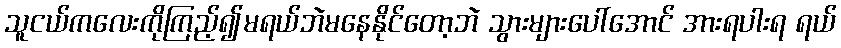
သူငယ်ကလေးကိုကြည့်၍မရယ်ဘဲမနေနိုင်တော့ဘဲ သွားများပေါ်အောင် အားရပါးရ ရယ်